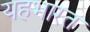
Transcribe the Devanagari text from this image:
यहभारत